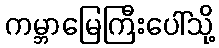
ကမ္ဘာမြေကြီးပေါ်သို့